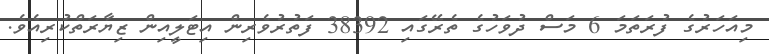
މިއަހަރުގެ ފުރަތަމަ 6 މަސް ދުވަހުގެ ތެރޭގައި 38392 ފަތުރުވެރިން އިޓަލީއިން ޒިޔާރަތްކުރިއެވެ.